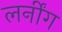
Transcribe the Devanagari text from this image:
लर्नींग